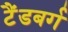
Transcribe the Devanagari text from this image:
टैंडबर्ग